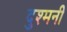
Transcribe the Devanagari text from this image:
दुश्‍मनी